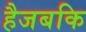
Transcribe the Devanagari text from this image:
हैजबकि